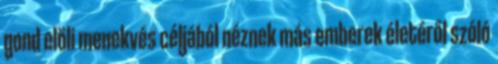
gond elöli menekvés céljából néznek más emberek életéről szóló